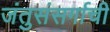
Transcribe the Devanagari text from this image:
जंतुसंसर्गाची